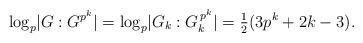
LaTeX: \begin{align*}\log_p \lvert G : G^{p^k} \rvert = \log_p \lvert G_k : G_k^{\, p^k}\rvert = \tfrac{1}{2} (3p^k+2k-3). \end{align*}